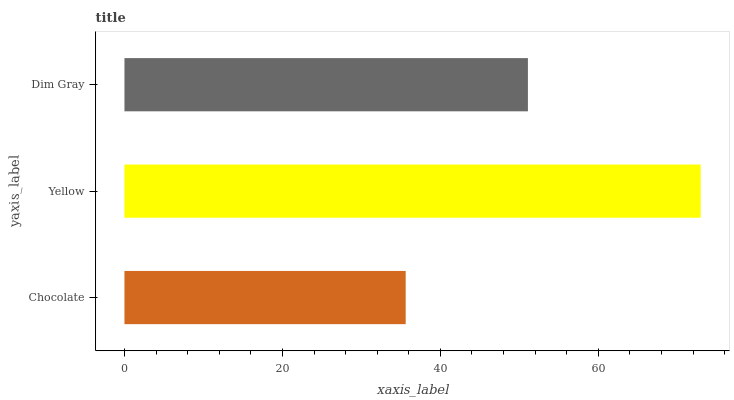
| yaxis_label | bars |
 | --- | --- |
 | Chocolate | 35.6 |
 | Yellow | 73 |
 | Dim Gray | 51.1 |